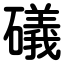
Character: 礒